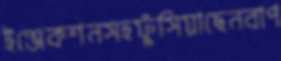
ইঞ্জেকশনসহফুঁসিয়াছেনবাপ